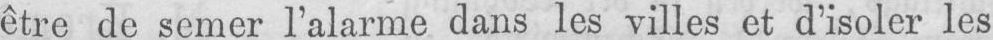
être de semer l’alarme dans les villes et d’isoler les